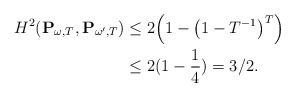
LaTeX: \begin{align*} H^2(\mathbf{P}_{\omega,T} , \mathbf{P}_{\omega',T})&\leq 2\Big(1 - \big(1 - T^{-1}\big)^T\Big)\\&\leq2(1-\frac{1}{ 4})= 3/2.\end{align*}